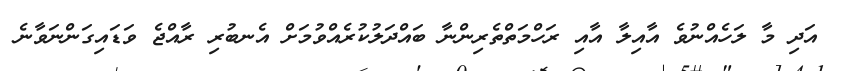
އަދި މާ ލަހެއްނުވެ އާއިލާ އާއި ރަހްމަތްތެރިންނާ ބައްދަލުކުރެއްވުމަށް އެނބުރި ރާއްޖެ ވަޑައިގަންނަވާނެ